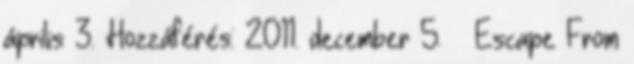
április 3. Hozzáférés: 2011. december 5. ↑ Escape From